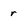
Character: r